Vaccination in the Punjab 1919-1929 - 1919-1929
Year: 1919
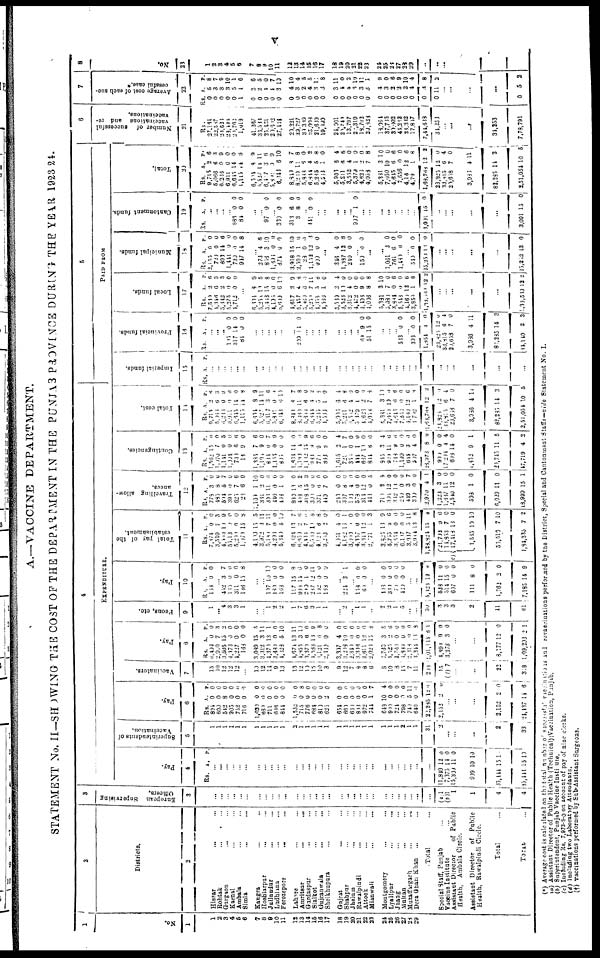
v
A.—VACCINE DEPARTMENT.
STATEMENT No. II—SHOWING THE COST OF THE DEPARTMENT IN THE PUNJAB PROVINCE DURING THE YEAR 19923-24.
1
No.
1
1
2
3
4
6
6
7
8
9
10
11
12
13
14
15
16
17
18
19
20
21
22
23
24
25
26
27
28
29
2
Districts.
2
Hissar ... ...
Rohtak ... ...
Gurgaon ... ...
Karnal ... ...
Ambala ... ...
Simla ... ...
Kangra ... ...
Hoshiarpur ... ...
Jullundur ... ...
Ludhiana ... ...
Ferozepore
...
...
Lahore ... ...
Amritsar
...
...
Gurdaspur ... ...
Sialkot ... ...
Gujranwala ... ...
Sheikhupura ... ...
Gujrat ... ...
Shahpur ... ...
Jhelum
...
...
Rawalpindi ... ...
Attock ... ...
Mianwali ... ...
Montgomery ... ...
Lyallpur
...
...
Jhang ... ...
Multan ... ...
Muzaffargarh
... ...
Dera Ghazi Khan ... ...
Total ...
Special Staff, Punjab ...
Vaccine Institute ...
Assistant Director
of Public
Health, Ambala Circle.
Assistant Director
of Public
Health, Rawalpindi Circle.
Total
... |
TOTAL. ...
3
European Supervising
Officers.
3
...
...
...
...
...
...
...
...
...
...
...
...
...
...
...
...
...
...
...
...
...
...
...
...
...
...
...
...
...
...
(a)1
(b)1
1
1
4
4
4
EXPENDITURE.
Pay.
4
Rs. A. P.
...
...
...
...
...
...
...
...
...
...
...
...
...
...
...
...
...
...
...
...
...
...
...
...
...
...
...
...
...
...
11,848
7,373
15,308
909
35,444
35,444
12
14
11
10
15
15
0
0
0
10
10
10
Superintendents of
Vaccination.
5
1
1
1
1
1
1
1
1
1
1
1
1
2
1 1
1
1
1
1
1
1
1
1
1
1
1
2
1
1
31
2
...
...
...
2
33
Pay.
6
Rs.
894
600
542
905
752
716
1,030
660
711
686
844
1,532
715
776
684
810
625
654
660
630
803
972
744
648
900
724
798
740
640
22,235
2,152
A.
0
0
8 0
0
0
0
0
0
0
0
0
0
0
0
0
2
0
0
0
0
0
1
10
0
0
0
5
0
12
2
P.
0
0
0
0
0
0
0
0
0
0
0
0
8
0
0
0
0
0
0
0
0
0
7
4
0
0
0
11
0
6
0
...
...
...
2,152
24,437
2
11
0
6
Vaccinators.
7
15
10
12
12
12
...
10
12
14 9
13
13
12 10
15
10
3
9
12
7 8
8
6
8
10
8
15
7
11
213
15
(b) 7
...
...
22
318
Pay.
8
Rs.
6,403
2,919
3,505
4,473
4,227
163
3,089
3,312
4,370
3,480
4,323
4,674
4,955
3,370
4,588
3,121
2,160
3,397
3,208
2,340
3,306
2,611
2,023
2,769
4,525
2,760
4,889
2,318
3,344
9,01,115
4,899
3,278
A.
0
7
15
0
0
0
15
3
13
0
5
13
3
6
16
6
0
4
10
0
0
12
15
3
2
0
0
0
18
6
9
3
P.
0
3
2 0
0
0
5
11
1
0
10
11
10
0
9
8
0
0
0
0
0
0
8
5
6
0
0
0
8
1
0
0
...
...
8, 177
1,09,293
12
2
0
1
Peons, etc.
9
1
... 4
3
3
1
...
... 1
2
2
1
7
6
3
1
1
...
2
... 1
1
...
2
2
1
5
...
...
30
3
3
3
2
11
61
Pay.
10
Rs.
163
A.
0
P.
0
... 452
165
311
136
3
0
0
15
7
0
0
8
...
... 107
180
168
117
988
216
287
102
168
10
0
0
15
11
1
12
0
0
10
0
0
8
0
0
11 0
0
...
211 3 1
... 158
61
0
0
0
0
...
403
360
70
480
0
0
0
0
0
0
0
0
... ...
5,423
528
514
607
111
1,762
7,185
12
11
15
0
8
2
14
9
0
0
0
0
0
9
Total pay of the
establishment.
11
Rs.
7,374
3,510
4,519
55,13
5,290
1,970
4,109
3,972
5,181
4,295
5,340
6,329
6,659
4,485
5,550
4,123
3,213
4,051
4,182
3,010
4,357
3,811
2,771
3,825
5,755
3,554
6,117
3,957
3,934
1
c)
28,821
21,704
11,853
17,418
1,583
55,510
1,94,335
A.
0
7
10
0
0
15
15
3
7
0
5
13
2
7
10
8
2
4
16
1
0
12
1
18
2
0
0
5 13
15
9
7
18
10
7
7
P.
0
3
9
0
0
8
5
11
11
0
10
7
6
6 8
8
0
0
1
0
0
0
3
9
6
0
0
11
8
4
0
0
0
10
10
2
Travelling allow-
ances.
12
Rs.
778
485
594
394
625
26
1,109
331
391
440
406
889
408
318
301
371
419
240
307
108
578
314
418
710
394
342
250
440
300
2,970
1,223
1,667
2,510
598
6,029
18,999
A.
3
8
5
0 7
6
1
2
11
0
1
18
5
15
0
6
7
0
8
4
0
12
0
3
12
18
0
3
0
4
3
11
12
1
11
15
P.
0
0
7
0
6
0
10
0
0
0
0
0
2
3
0
0
0
0
0
0
0
0
5
9
0
0
0
7
0
1
0
0
0
0
0
1
Contingencies.
13
Rs.
1,562
l,570
1,111
1,004
730
18
1,385
1,194
861
1,155
895
1,634
1,183
1,182
983
770
888
1,615
720
351
444
667
844
845
911
748
1,199
644
507
26,973
900
17,201
608
1,852
20,745
17,719
A.
15
7
0
0
6
9
7
9
0
0
0
14
4
15
9
9
8
2
1 0
1
10
6
3
11
9
0
3
4
8
0
4
14
9
11
4
P.
6
0
5
0
6
0
6
0
7
9
0
0
1
9
6
0
0
4
7
0
0
0
0
4
6
6
0
0
0
9
0
4
0
1
5
2
Total cost.
14
Rs.
9,715
5,055
6,235
6,911
6,645
1,115
6,601
5,527
6,117
5,811
6,643
8,849
8,331
5,833
6,844
5,266
4,566
5,906
5,211
3,512
5,379
4,623
4,053
5,381
7,050
4,645
7,356
4,130
4,792
1,68,768
28,825
33,815
20,658
3,986
82,285
2,51,054
A.
2
6
0
0
14
14
8
14
8
0
6
8
11
6
4
5
1
6
6
4
1
2
7
3
10
6
9
12
1
12
12
6
7
4
14
10
P.
6
3
9
0
0
8
9
11
6
4
10
7
8
0
2
8 0
4
8
0
0
1
8
10
0
6
0
6
8
2
0
4
0
11
3
5
5
PAID FROM
Imperial funds.
15
Rs. A. P.
...
...
...
... ...
...
...
...
...
...
...
...
... ...
...
... ...
...
...
...
...
...
...
...
...
...
...
...
...
...
...
... ...
...
...
...
Provincial funds.
16
Rs. A. P.
... ...
...
145
317
84
0
14
0
0
0
0
...
...
...
...
...
...
200 14
0
...
...
... ...
...
...
...
... 61
51
9
15
0
0
...
...
... 533 0 0
... 333
1,954
23,825
33,815
20,658
3,986
82,885
34,110
0
4
12
6
7
4
14
2
0
0
0
4
0
11
3
3
Local funds.
17
Rs.
7,580
4,318
5,342
5,275
4,712
A.
2
6
2
0
0
P.
6 3
3
0
0
...
6,604
5,254
5,468
4,406
5,609
4,617
5,457
5,869
5,251
4,358
4,555
3,530
3,523
3,312
4,472
4,406
4,006
5,331
5,980
3,881
5,548
4.161
3,951
1,38,051
8
10
15
0
6
2
4
6
7
5
1
2
10
4
0
9
8
3
7
0
0
12
1
12
9
5
8
0 10
9
8
9 11
8
0
4
0
0
0
0
8
10
0
6
0
6
8 2
...
... ...
...
...
1,33,319 12 2
Municipal funds.
18
Rs.
2,155
729
893
1,441
730
947
A.
0
0
14
0
0
14
P.
0
0
6
0
0
8
...
273
813
1,695
871
3,918
2,599
28
1,152
900
4
3
0
0
15
1
0
12
0
6
10
9
0
10
0
0
3
0
...
346
1,337
290
4
12
0
0
8
0
... 150 0 0
...
...
1,061
761
1,480
3
6
0
0
0
0
... 540
25,253
0
16
0
0
...
...
...
...
...
25,262 13 0
Cantonment funds.
19
Rs. A. P.
...
...
...
... 885
81
0
0
0
0
...
...
97 0 0
... 330
313
3
0
6
8
0
0
0
... 441 0 0
...
...
...
...
... 907 1 0
...
...
...
...
...
...
...
...
3,001 15 0
...
... ...
...
...
3,091 15 0
Total.
20
Rs.
9,715
5,066
6,236
6,911
6,645
1,115
6,304
5,527
6,407
5,808
6,613
8,813
8,210
5,833
6,844
5,265
4,563
5,903
5,211
3,552
5,379
4,626
4,058
5,381
7,050
4,615
7,556
4,18
4,79
1,68,763
23,825
33,815
20,658
3,085
82,285
2,51,054
A.
2
6
0
0
14
14
8
14
3
0 6
8
11
6
4
5
1
6
6
4
1
2
7
3
10
6
0
12
1
12
12
6
7
4
14
10
P.
6
3
9
0
0
8
9
11
6
9
10
7
8
0
2
8
0
4
8
0
0
0
8
10
0
6
0
6
8
2
0
4
0
11
3
5
6
Number of successfull vaccinations and re-
vaccinations.
21
Rs.
27,131
22,537
28,623
28,491
20,762
1,019
41,267
36,588
23,461
20,612
27,114
29,221
39,727
39,389
25,003
21,689
19,890
24,001
29,741
13,797
2 1,319
18,792
20,823
18,061
37,735
30,002
44,232
23,382
17,817
7,44,583
34,253
... ...
...
34,253
7,78,791
7
Average cost of each suc-
cessful case.
22
Rs.
0
0
0
0
0
1
0
0
0
0
0
0
0
0
0
0
0
0
0
0
0
0
0
0
0
0
0
0
0
0
0
A.
5
3
3
3
5
1
2
2
4
4
3
4
3
2
4
3
3
3
4
4
3
3
3
4
3
2
2
2
4
3
11
p.
8
7
9
10
1
6
6
5
0
7
10
10
4
5
5
1 8
11
0
2
10
11
1
9
0
6
9
10
4
8
2
... ...
...
...
0 5 2
8
No.
23
1
2
3
4
5
6
7
8
9
10
11
12
13
14
15
16
17
18
19
20
21
22
23
24
25
26
27
28
29
..
...
(*) Average cost is calcalated on the total number of sucessful vaccination is and revaccinations performed by the District, Special and Cantonment Staffs—vide Statement No. I.
(a) Assistant Director of Public Health (Technical)Vaccination,Punjab.
(b) Superintendent, Punjab Vaccine Institute.
(c) Including Rs. 7,973-3-0 on account of pay of nine clerks.
(d) Including two Laboratory Attendants.
(†) vaccinations performed by Sub-Assistant Surgeons.